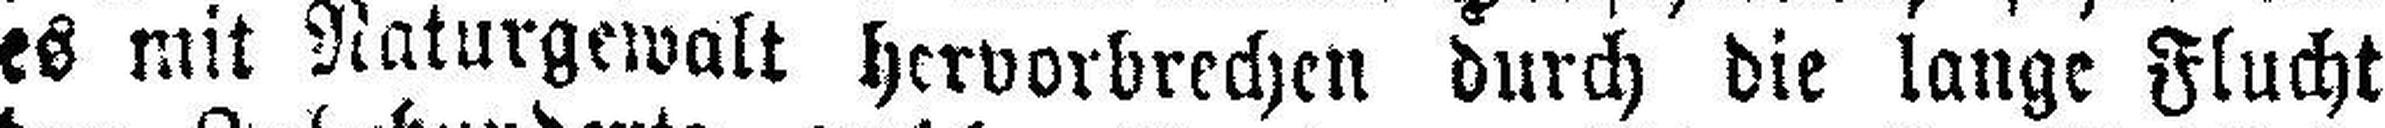
es mit Naturgewalt hervorbrechen durch die lange Flucht